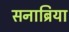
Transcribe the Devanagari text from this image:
सनाब्रिया